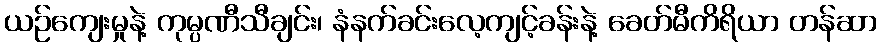
ယဉ်ကျေးမှုနဲ့ ကုမ္ပဏီသီချင်း၊ နံနက်ခင်းလေ့ကျင့်ခန်းနဲ့ ခေတ်မီကိရိယာ တန်ဆာ